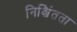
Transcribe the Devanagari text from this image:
निश्चिंतता